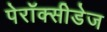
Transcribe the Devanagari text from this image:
पेरॉक्सीडेज